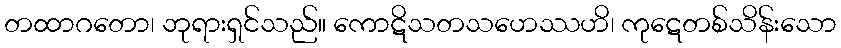
တထာဂတော၊ ဘုရားရှင်သည်။ ကောဋိသတသဟေဿဟိ၊ ကုဋေတစ်သိန်းသော